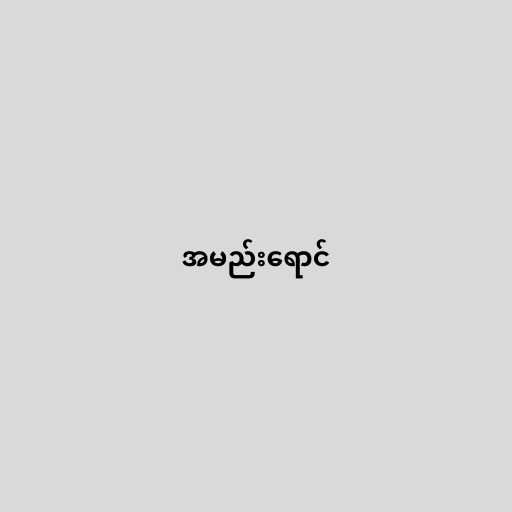
အမည်းရောင်